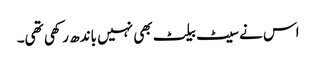
اس نے سیٹ بیلٹ بھی نہیں باندھ رکھی تھی۔